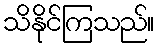
သိနိုင်ကြသည်။